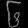
Digit: ၆